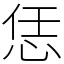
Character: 恁